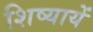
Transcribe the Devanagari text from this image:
शिष्यायें